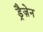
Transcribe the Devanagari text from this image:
ड्रैज़ेन